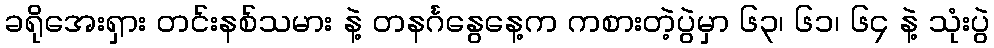
ခရိုအေးရှား တင်းနစ်သမား နဲ့ တနင်္ဂနွေနေ့က ကစားတဲ့ပွဲမှာ ၆၃၊ ၆၁၊ ၆၄ နဲ့ သုံးပွဲ